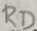
Text: RD